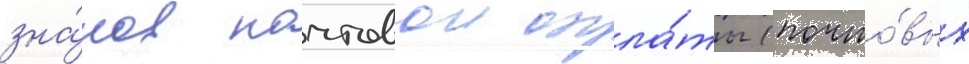
зна́ков почтовои опла́ты (почто́вых